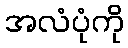
အလံပုံကို